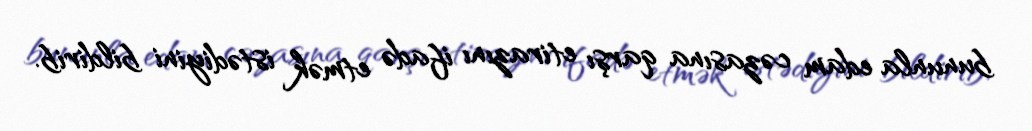
bununla edam cəzasına qarşı etirazını ifadə etmək istədiyini bildirib.